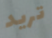
تريد